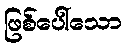
ဖြစ်ပေါ်သော